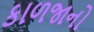
કાળજાનો